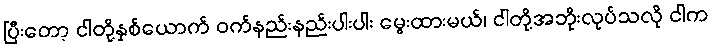
ပြီးတော့ ငါတို့နှစ်ယောက် ဝက်နည်းနည်းပါးပါး မွေးထားမယ်၊ ငါတို့အဘိုးလုပ်သလို ငါက